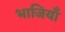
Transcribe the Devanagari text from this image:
भाजियाँ